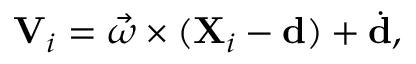
\mathbf { V } _ { i } = { \vec { \omega } } \times ( \mathbf { X } _ { i } - \mathbf { d } ) + { \dot { \mathbf { d } } } ,